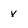
Character: x